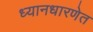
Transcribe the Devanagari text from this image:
ध्यानधारणेत